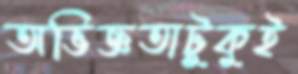
অভিজ্ঞতাটুকুই